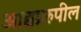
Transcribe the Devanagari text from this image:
आद्यप्ररुपील